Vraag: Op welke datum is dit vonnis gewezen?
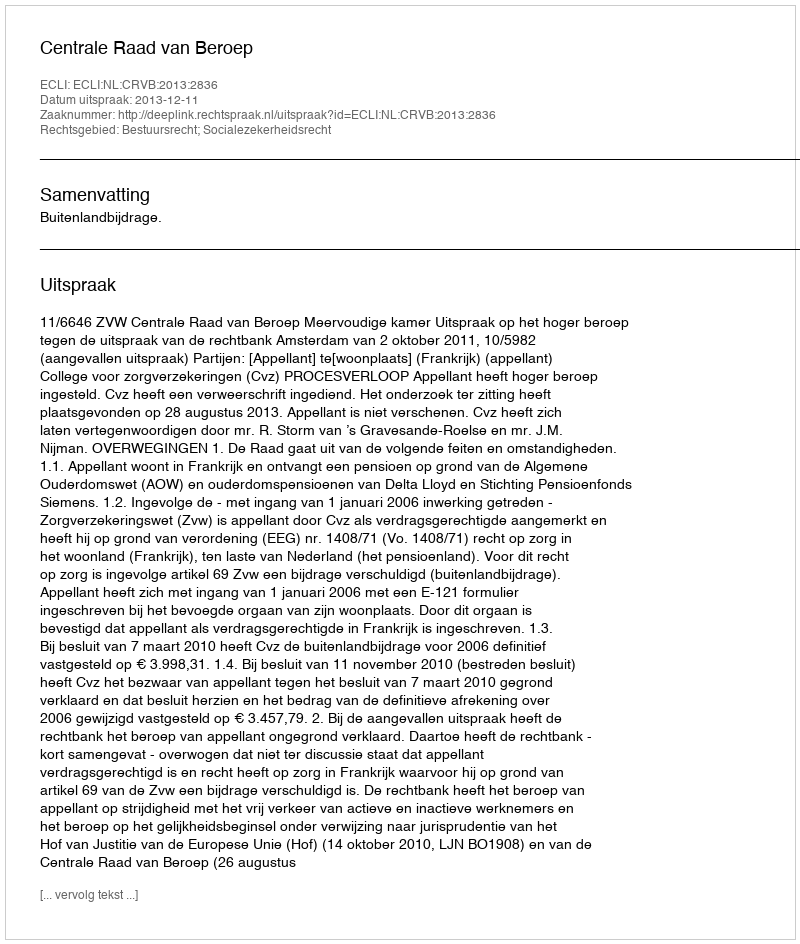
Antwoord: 2013-12-11